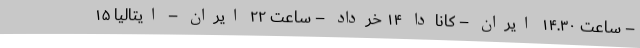
– ساعت ۱۴.۳۰ ایران – کانادا ۱۴ خرداد – ساعت ۲۲ ایران – ایتالیا ۱۵